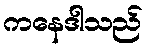
ကနေဒါသည်